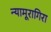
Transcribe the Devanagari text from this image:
न्यामूरागिरा